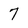
Character: 7